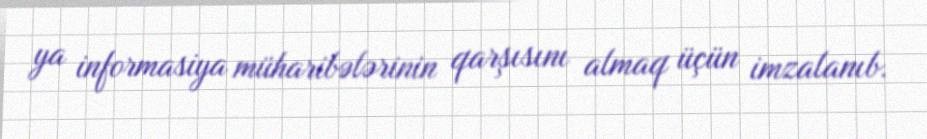
ya informasiya müharibələrinin qarşısını almaq üçün imzalanıb.